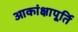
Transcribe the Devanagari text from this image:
आकांक्षापूर्ति